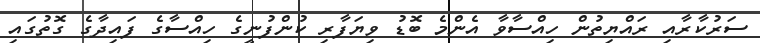
ސަރުކާރާއި ރައްޔިތުން ހިއްސާވާ އެންމެ ބޮޑު ވިޔަފާރި ކުންފުނީގެ ހިއްސާގެ ފައިދާގެ ގޮތުގައި